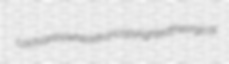
Lachlan bowheads uncopyrighted theurgical